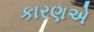
કારણએ